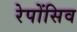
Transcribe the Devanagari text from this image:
रेपोंसिव